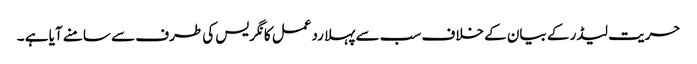
حریت لیڈر کے بیان کے خلاف سب سے پہلا ردعمل کانگریس کی طرف سے سامنے آیا ہے ۔